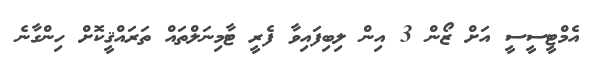
އެމްޓީސީސީ އަށްް ޒޯން 3 އިން ލިބިފައިވާ ފެރީ ޓާމިނަލްތައް ތަރައްޤީކޮށް ހިންގާނެ